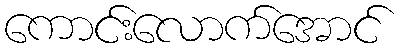
ကောင်းလောက်အောင်